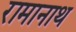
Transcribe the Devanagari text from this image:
रामानाथ